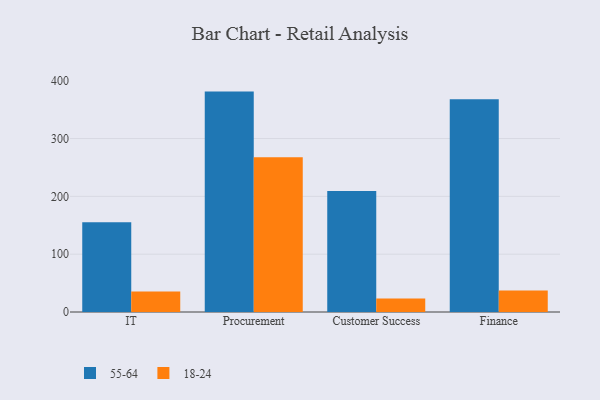
{"axis": {"x": "Department", "y": "Inventory Turnover"}, "legend": ["18-24", "55-64"], "data": [{"x": "IT", "y": 155.3, "type": "55-64"}, {"x": "IT", "y": 35.5, "type": "18-24"}, {"x": "Procurement", "y": 381.2, "type": "55-64"}, {"x": "Procurement", "y": 267.5, "type": "18-24"}, {"x": "Customer Success", "y": 209.4, "type": "55-64"}, {"x": "Customer Success", "y": 23.4, "type": "18-24"}, {"x": "Finance", "y": 368.0, "type": "55-64"}, {"x": "Finance", "y": 37.4, "type": "18-24"}]}